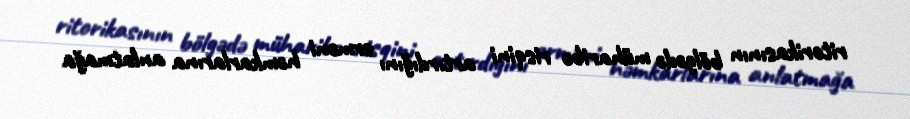
ritorikasının bölgədə müharibə risqini artırdığını erməni həmkarlarına anlatmağa